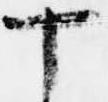
十